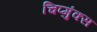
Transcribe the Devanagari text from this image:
चिप्मुंक्स